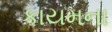
કાયમના